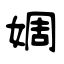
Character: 婤